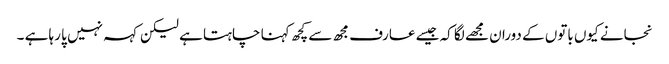
نجانے کیوں باتوں کے دوران مجھے لگا کہ جیسے عارف مجھ سے کچھ کہنا چاہتا ہے لیکن کہہ نہیں پا رہا ہے ۔